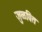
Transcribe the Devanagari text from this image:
जुळवित